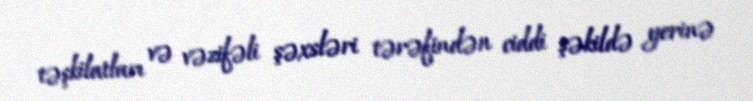
təşkilatları və vəzifəli şəxsləri tərəfindən ciddi şəkildə yerinə